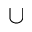
\cup